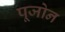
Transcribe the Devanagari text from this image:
पूजोन